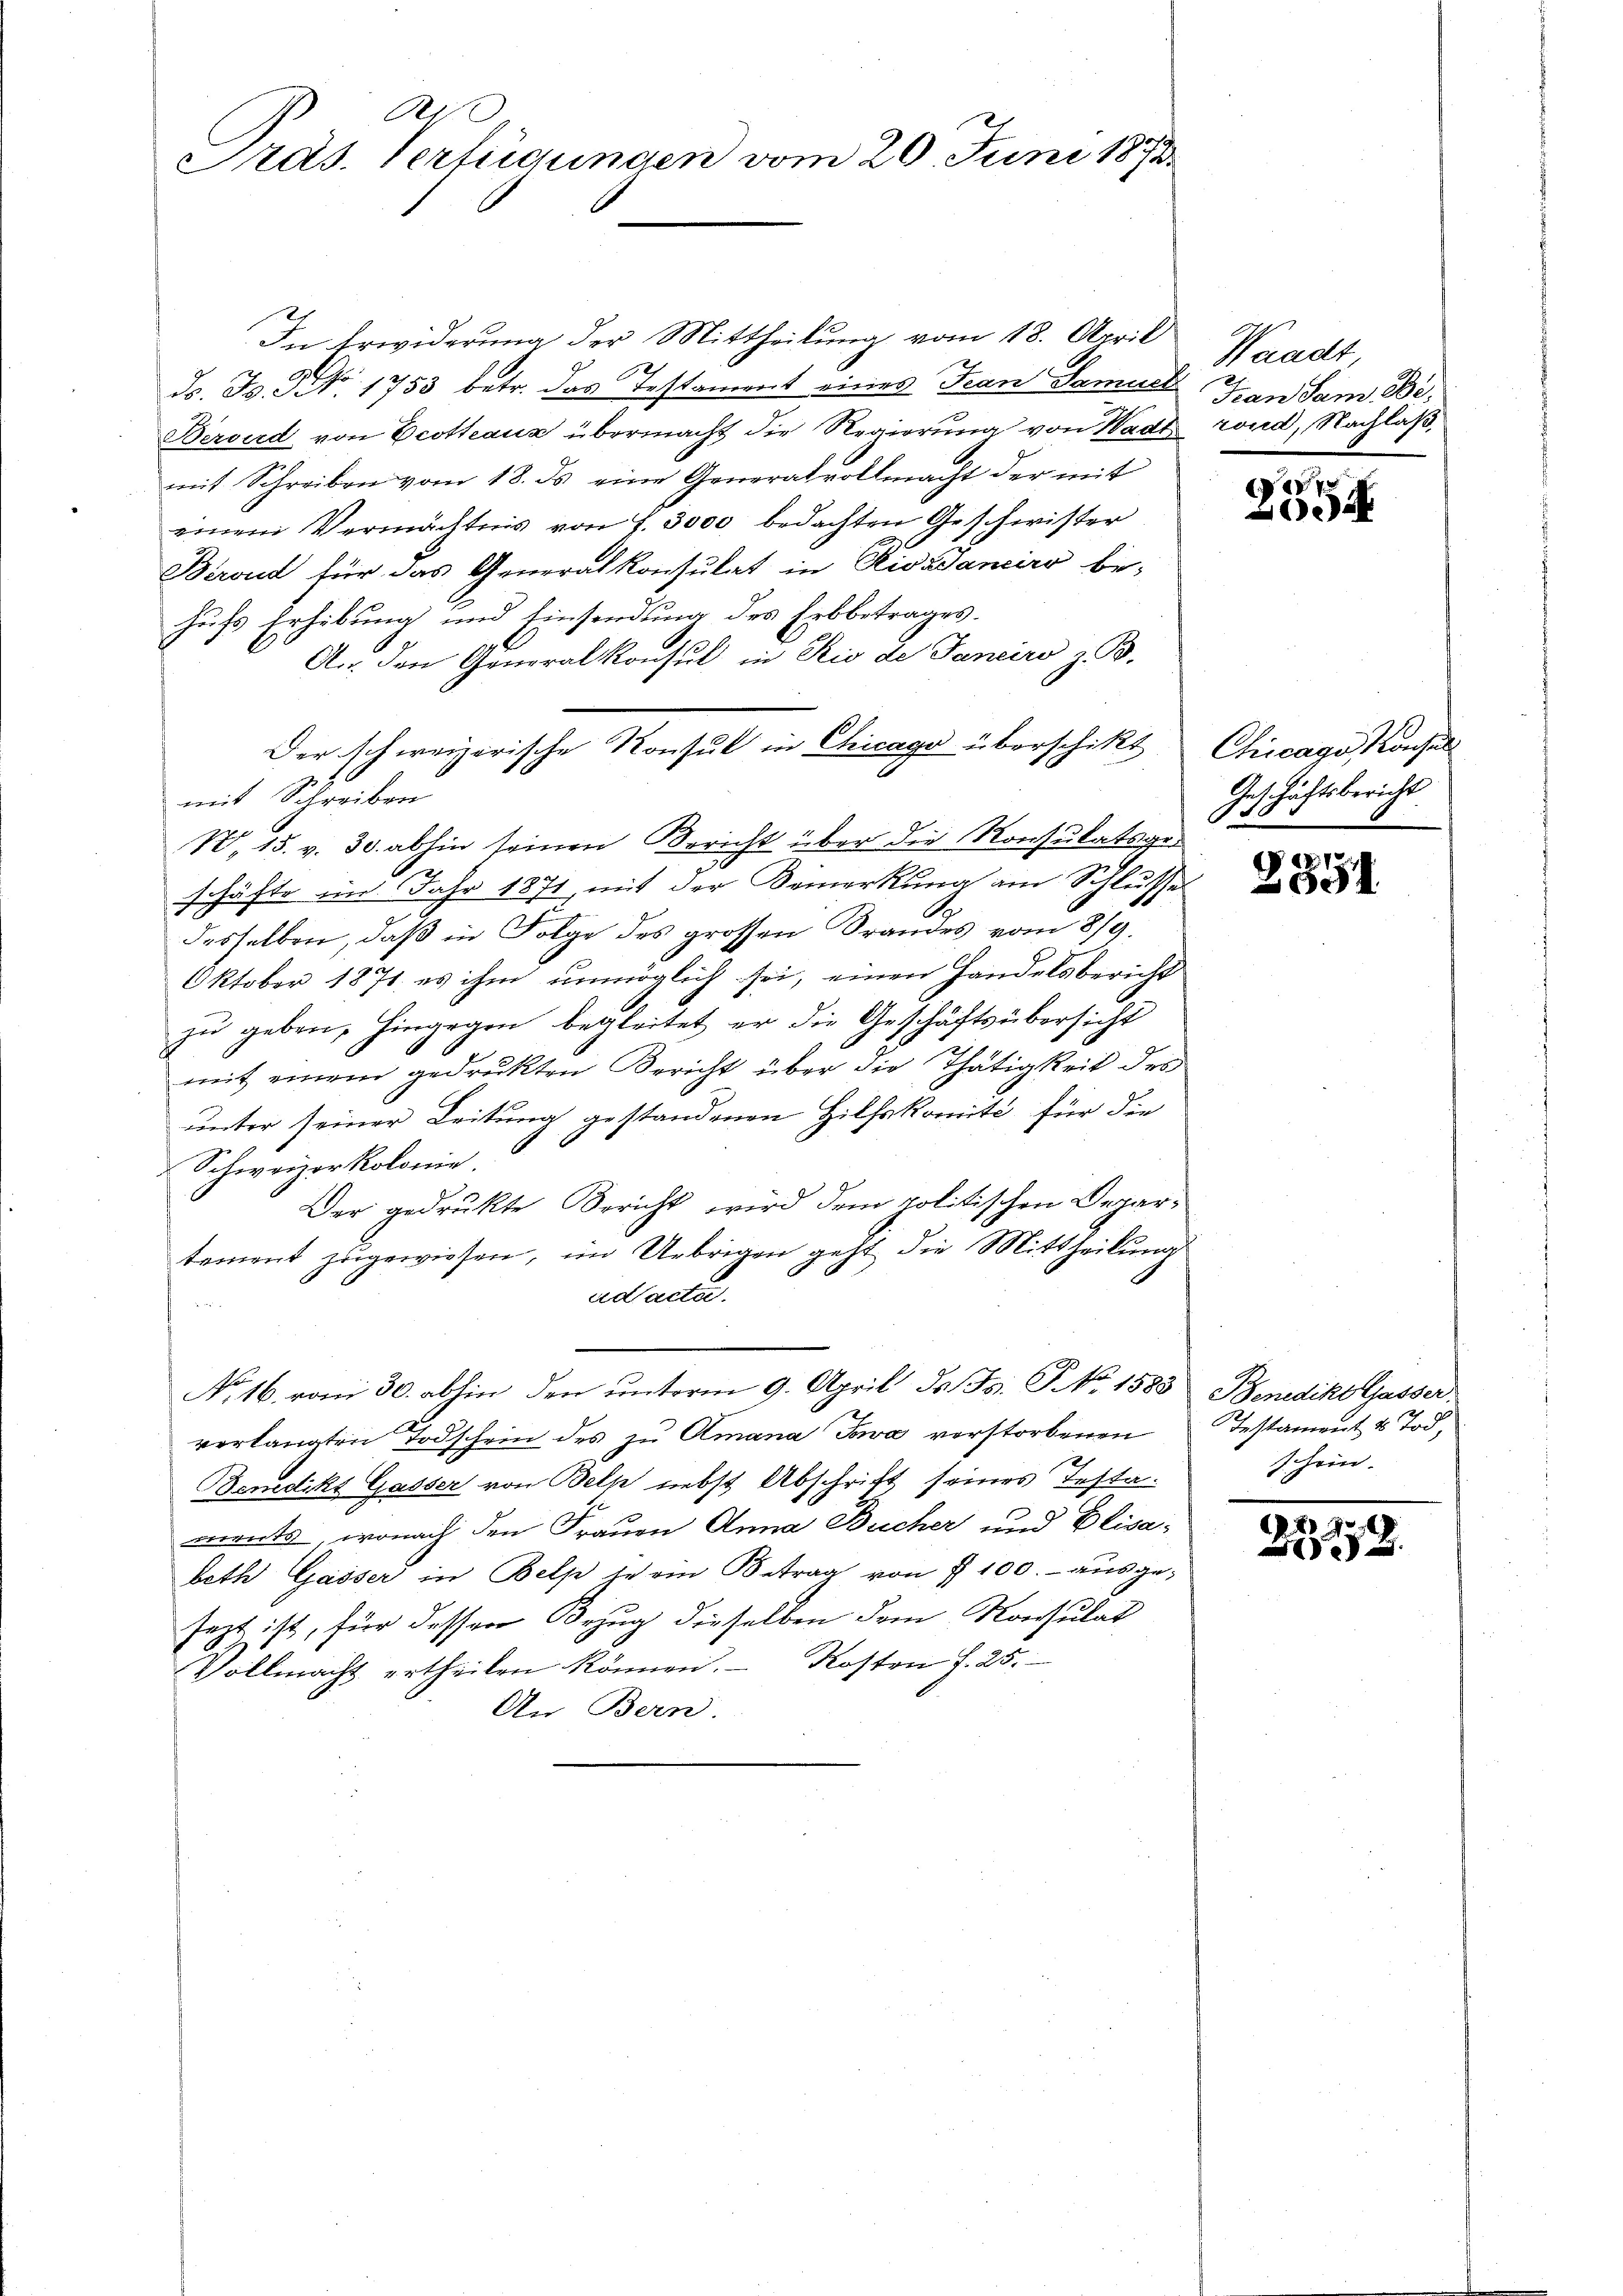
Ri
Präs. Verfügungen vom 20. Juni 1873

In Erwiderung der Mittheilung vom 18. April
ds. B. No. 1753 betr. das Testament eines Jean Samuel
Bervird von Ecotheaus übermacht die Regierung von Wadt rond, Nachlaßmit Schreiben vom 18. ds eine Generalvollmacht der mit
einem Vermächtnis von f. 3000 bedachten Geschwister
Berond für das Generalkonsulat in Rivasaneiro be-
hufs Erhebung und Einsendung des Erbbetrages.
A., den Generalkonsul in Rio de Janeiro z. 3.
Der schweizerische Konsul in Chicago überschikt Chicago Konsul
W, 15. v. 30. abhin seinen Bericht über die Konsulatsger
schäfte im Jahr 1871 mit der Bemerkung am Schlusses
desselben, daß in Folge des grossen Brandes vom 8/9.
Oktober 1871, es ihm unmöglich sei, einen Handelsbericht
zu geben, hingegen begleitet er die Geschäftsübersicht
mit einem gedruckten Bericht über die Thätigkeit des
unter seiner Leitung gestandenen Hilfskomité für die
Schweizer Kolonie.
Der gedrukte Bericht wird dem politischen Departement zugewiesen, im Uebrigen geht die Mittheilung
ad acta.
No 16. vom 30. abhin den ŭnterm 9. April d. Js. P. No. 1583 Benedikt Gasser.
verlangten Todschein des zu Amana Java verstorbenen
Benedikt Gasser von Belk nebst Abschritt seines Testaments, wonach den Frauen Anna Bucher und Elisabeth Gasser in Belp je ein Betrag von § 100.- ausgesezt ist, für dessen Bezug dieselben dem Konsulat
Vollmacht ertheilen können. Kosten f. 25.
An Bern.

mit Schreiben

Waadt,
Transam Be¬

177
e

Anschäftsbericht
So

991

Testament & Tod.
schein.

22212.